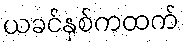
ယခင်နှစ်ကထက်